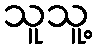
သူသူ့